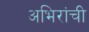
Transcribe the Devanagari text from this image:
अभिरांची